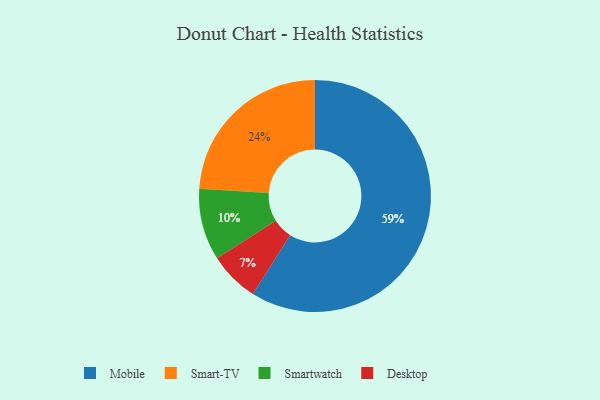
{"axis": {"x": "Category", "y": "Percentage"}, "legend": ["Desktop", "Mobile", "Smart-TV", "Smartwatch"], "data": [{"x": "Smart-TV", "y": 24, "type": "Smart-TV"}, {"x": "Desktop", "y": 7, "type": "Desktop"}, {"x": "Mobile", "y": 59, "type": "Mobile"}, {"x": "Smartwatch", "y": 10, "type": "Smartwatch"}]}